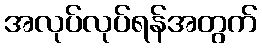
အလုပ်လုပ်ရန်အတွက်